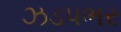
ઝડપભર